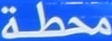
محطة